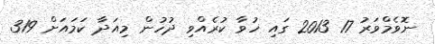
ނޮވެމްވަރު 17 2013 ގައި ހުވާ ކުރެއްވި ދުހުން މިއަދާ ކަމައަށް 319